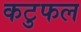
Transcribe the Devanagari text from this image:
कटुफल